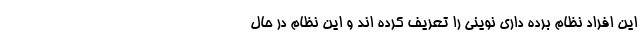
این افراد نظام برده داری نوینی را تعریف کرده اند و این نظام در حال